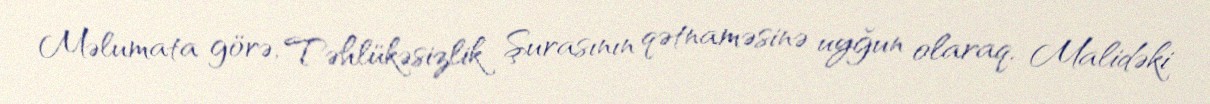
Məlumata görə, Təhlükəsizlik Şurasının qətnaməsinə uyğun olaraq, Malidəki